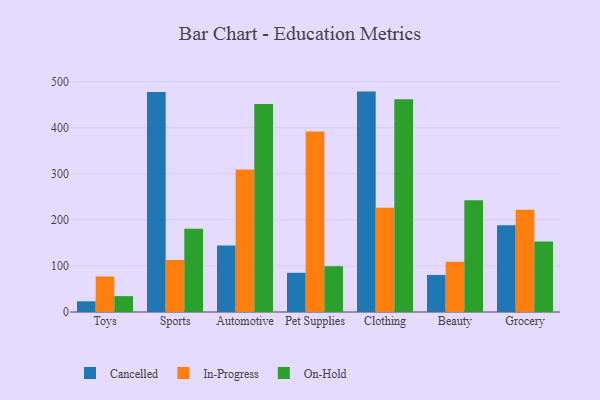
{"axis": {"x": "Category", "y": "Operating Costs (USD K)"}, "legend": ["Cancelled", "In-Progress", "On-Hold"], "data": [{"x": "Toys", "y": 23.2, "type": "Cancelled"}, {"x": "Toys", "y": 77.1, "type": "In-Progress"}, {"x": "Toys", "y": 34.5, "type": "On-Hold"}, {"x": "Sports", "y": 477.8, "type": "Cancelled"}, {"x": "Sports", "y": 112.8, "type": "In-Progress"}, {"x": "Sports", "y": 180.6, "type": "On-Hold"}, {"x": "Automotive", "y": 144.4, "type": "Cancelled"}, {"x": "Automotive", "y": 309.3, "type": "In-Progress"}, {"x": "Automotive", "y": 451.4, "type": "On-Hold"}, {"x": "Pet Supplies", "y": 85.1, "type": "Cancelled"}, {"x": "Pet Supplies", "y": 391.8, "type": "In-Progress"}, {"x": "Pet Supplies", "y": 99.5, "type": "On-Hold"}, {"x": "Clothing", "y": 478.4, "type": "Cancelled"}, {"x": "Clothing", "y": 226.5, "type": "In-Progress"}, {"x": "Clothing", "y": 462.0, "type": "On-Hold"}, {"x": "Beauty", "y": 80.4, "type": "Cancelled"}, {"x": "Beauty", "y": 109.1, "type": "In-Progress"}, {"x": "Beauty", "y": 242.3, "type": "On-Hold"}, {"x": "Grocery", "y": 188.4, "type": "Cancelled"}, {"x": "Grocery", "y": 222.2, "type": "In-Progress"}, {"x": "Grocery", "y": 152.9, "type": "On-Hold"}]}